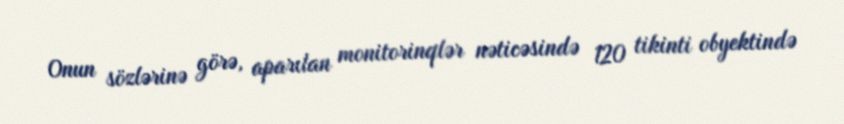
Onun sözlərinə görə, aparılan monitorinqlər nəticəsində 120 tikinti obyektində